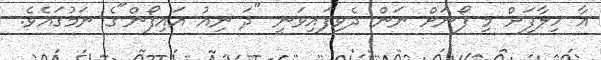
އާ ހިލާފަށް މި ފޯނަށް ނަން ދެވިފައިވަނީ "ދަ ނިއު އައިފޯން"ގެ ނަމުގައެވެ.